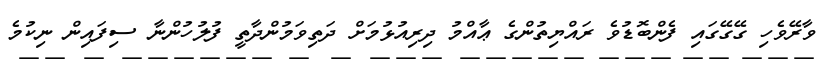
ވާރޭވެހި ގޭގޭގައި ފެންބޮޑުވެ ރައްޔިތުންގެ ޢާއްމު ދިރިއުޅުމަށް ދަތިވަމުންދާތީ ފުލުހުންނާ ސިފައިން ނިކުމެ